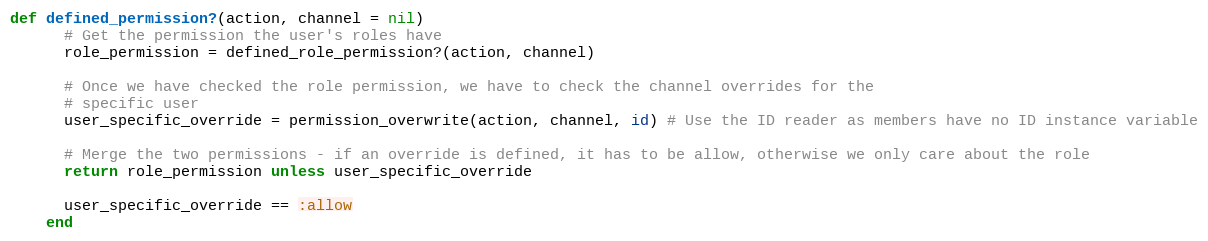
Language: Ruby
def defined_permission?(action, channel = nil)
      # Get the permission the user's roles have
      role_permission = defined_role_permission?(action, channel)

      # Once we have checked the role permission, we have to check the channel overrides for the
      # specific user
      user_specific_override = permission_overwrite(action, channel, id) # Use the ID reader as members have no ID instance variable

      # Merge the two permissions - if an override is defined, it has to be allow, otherwise we only care about the role
      return role_permission unless user_specific_override

      user_specific_override == :allow
    end